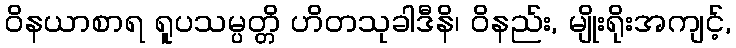
ဝိနယာစာရ ရူပသမ္ပတ္တိ ဟိတသုခါဒီနိ၊ ဝိနည်း, မျိုးရိုးအကျင့်,